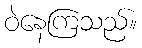
ဝဲနေကြသည်။